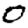
Digit: 0